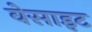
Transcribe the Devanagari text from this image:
वेसाइट